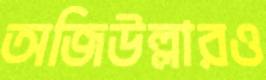
অজিউল্লারও